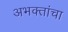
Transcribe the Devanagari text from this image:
अभक्तांचा